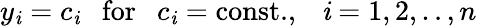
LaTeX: y_{\mathit{i}}=c_{\mathit{i}}\ \ \ \mathrm{{for}}\ \ \ c_{\mathit{i}}=\mathrm{{const.}},\ \ \ \mathit{i}=1,2,..,n